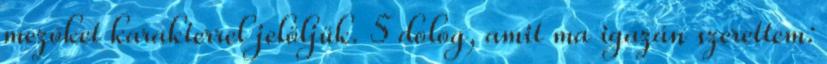
mezőket karakterrel jelöljük. 5 dolog, amit ma igazán szerettem: